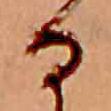
る